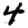
Digit: 4